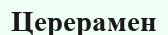
Церерамен